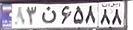
۸۳ن۶۵۸۸۸